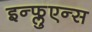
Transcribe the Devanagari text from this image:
इन्फ्लुएन्स